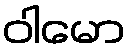
ဝါမော